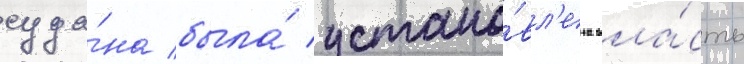
суда́на была́ устано́вл'ена вла́сть